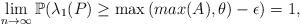
LaTeX: \begin{align*} \lim_{n \to \infty}{\mathbb{P}(\lambda_1(P) \geq \max{(max(A),\theta)}-\epsilon)}=1,\end{align*}